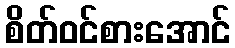
စိတ်ဝင်စားအောင်